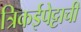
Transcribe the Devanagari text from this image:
त्रिकईपेट्टाची